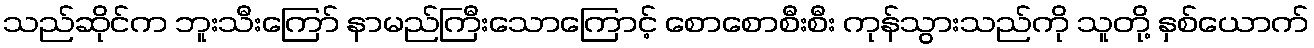
သည်ဆိုင်က ဘူးသီးကြော် နာမည်ကြီးသောကြောင့် စောစောစီးစီး ကုန်သွားသည်ကို သူတို့ နှစ်ယောက်